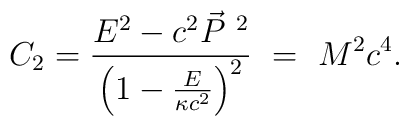
C_2 = \frac{E^2 - c^2 \vec{P}^{\ 2}}{\left(1- \frac{E}{\kappa c^2}\right)^2} \ = \ M^2 c^4 .